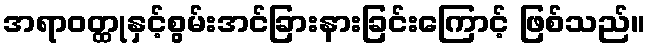
အရာဝတ္ထုနှင့်စွမ်းအင်ခြားနားခြင်းကြောင့် ဖြစ်သည်။